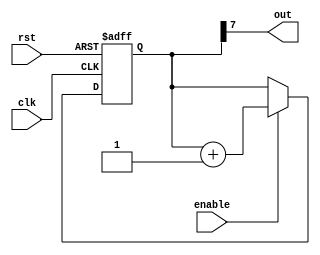
module rc_delay (
    input wire clk,
    input wire rst,
    input wire enable,
    output reg out
);

reg [7:0] count;

always @(posedge clk or posedge rst) begin
    if (rst) begin
        count <= 8'b0;
    end else if (enable) begin
        count <= count + 8'b1;
    end
end

assign out = count[7];

endmodule